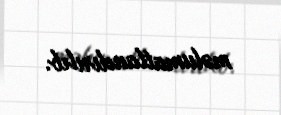
məlumatlandırılıb.